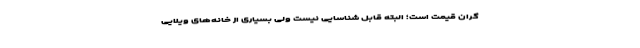
گران قیمت است؛ البته قابل شناسایی نیست ولی بسیاری از خانه‌های ویلایی